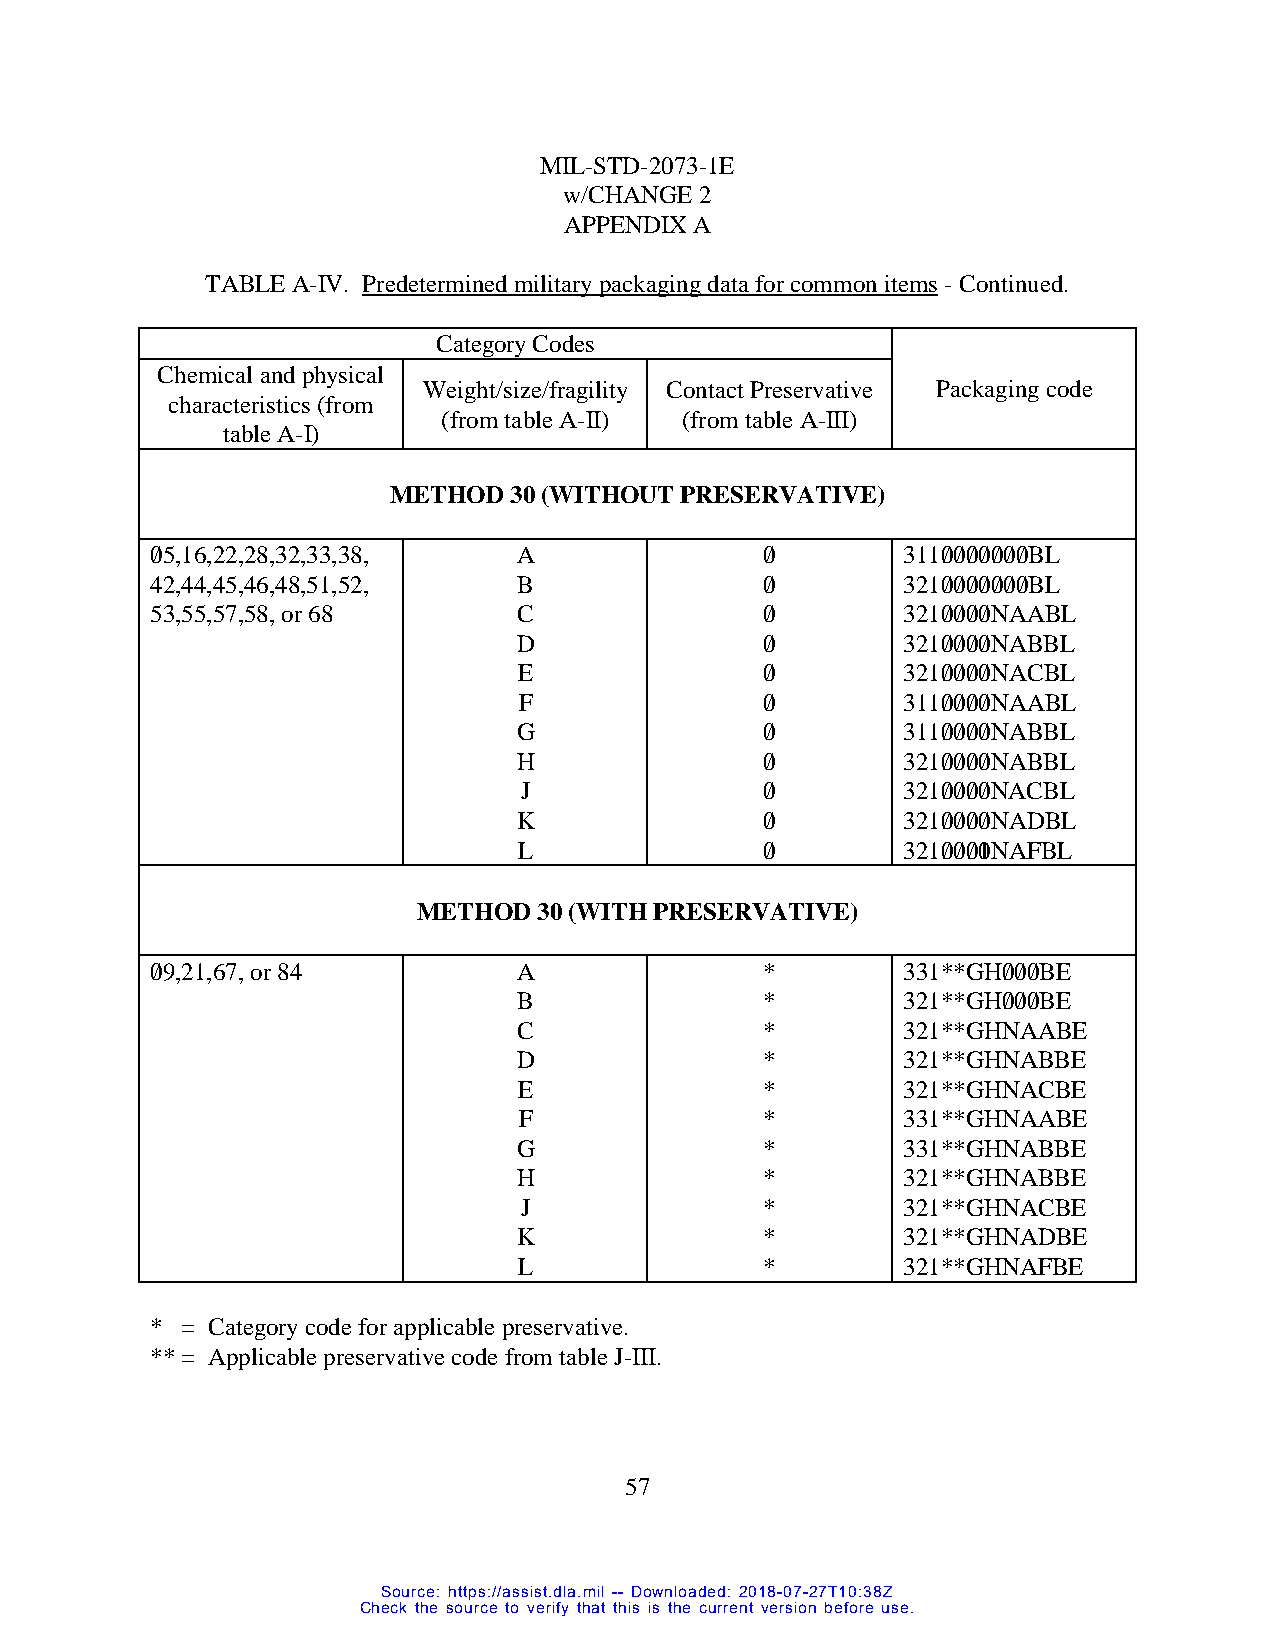
MIL-STD-2073-1E
 w/CHANGE 2
 APPENDIX A
 TABLE A-IV. Predetermined military packaging data for common items - Continued.
 Category Codes
 Chemical and physical
 Weight/size/fragility Contact Preservative Packaging code
 characteristics (from
 (from table A-II) (from table A-III)
 table A-I)
 METHOD  30 (WITHOUT PRESERVATIVE)
 0/5,16,22,28,32,33,38,  A                0/       3110/0/0/0/0/0/0/BL
 42,44,45,46,48,51,52,   B                0/       3210/0/0/0/0/0/0/BL
 53,55,57,58, or 68      C                0/       3210/0/0/0/NAABL
 D                0/       3210/0/0/0/NABBL
 E                0/       3210/0/0/0/NACBL
 F                0/       3110/0/0/0/NAABL
 G                0/       3110/0/0/0/NABBL
 H                0/       3210/0/0/0/NABBL
 J                0/       3210/0/0/0/NACBL
 K                0/       3210/0/0/0/NADBL
 L                0/       3210/0/0/0lNAFBL
 METHOD  30 (WITH PRESERVATIVE)
 0/9,21,67, or 84        A                *        331**GH0/0/0/BE
 B                *        321**GH0/0/0/BE
 C                *        321**GHNAABE
 D                *        321**GHNABBE
 E                *        321**GHNACBE
 F                *        331**GHNAABE
 G                *        331**GHNABBE
 H                *        321**GHNABBE
 J                *        321**GHNACBE
 K                *        321**GHNADBE
 L                *        321**GHNAFBE
 * = Category code for applicable preservative.
 ** = Applicable preservative code from table J-III.
 57
 Source: https://assist.dla.mil -- Downloaded: 2018-07-27T10:38Z
 Check the source to verify that this is the current version before use.